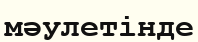
мәулетінде